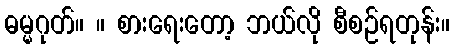
ဓမ္မဂုတ်။ ။ စားရေးတော့ ဘယ်လို စီစဉ်ရတုန်း။